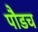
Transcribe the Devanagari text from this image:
पौडच